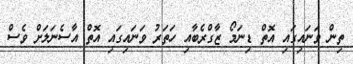
ތިން ވަނައިގައި އޮތް ޑިނަމޯ ޒާގްރެބާއި ހަތަރު ވަނައިގައި އޮތް އާސެނަލަށް ވެސް